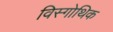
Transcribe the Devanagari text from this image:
विस्गोथिक